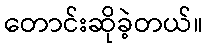
တောင်းဆိုခဲ့တယ်။